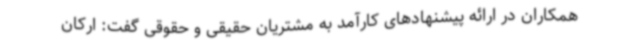
همکاران در ارائه پیشنهادهای کارآمد به مشتریان حقیقی و حقوقی گفت: ارکان